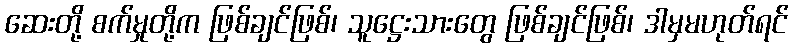
ဆေးတို့ စက်မှုတို့က ဖြစ်ချင်ဖြစ်၊ သူဋ္ဌေးသားတွေ ဖြစ်ချင်ဖြစ်၊ ဒါမှမဟုတ်ရင်